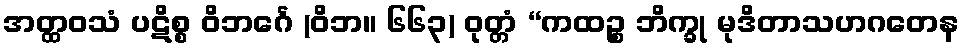
အတ္ထဝသံ ပဋိစ္စ ဝိဘင်္ဂေ (ဝိဘ။ ၆၆၃) ဝုတ္တံ “ကထဉ္စ ဘိက္ခု မုဒိတာသဟဂတေန